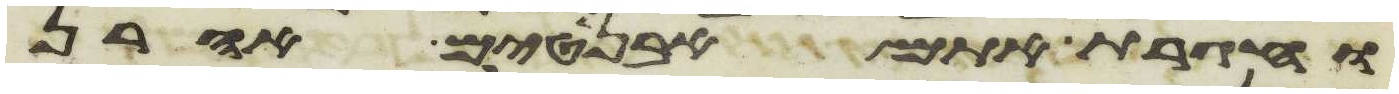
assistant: וחגרת אתם אבניטים אהרן